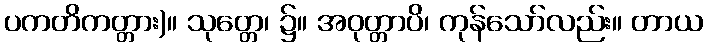
ပကတိကတ္တား)။ သုတ္တေ၊ ၌။ အဝုတ္တာပိ၊ ကုန်သော်လည်း။ တာယ